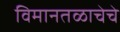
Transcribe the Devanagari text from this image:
विमानतळाचेचे